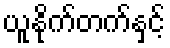
ယူနိုက်တက်နှင့်